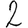
Digit: 2